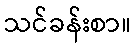
သင်ခန်းစာ။